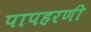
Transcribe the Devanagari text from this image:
पापहरणी